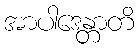
အာပါဒေန္တာတိ